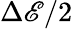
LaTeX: \Delta\mathscr{E}/2